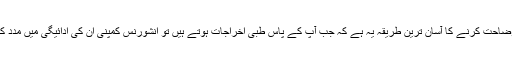
اس کی وضاحت کرنے کا آسان ترین طریقہ یہ ہے کہ جب آپ کے پاس طبی اخراجات ہوتے ہیں تو انشورنس کمپنی ان کی ادائیگی میں مدد کرتی ہے۔